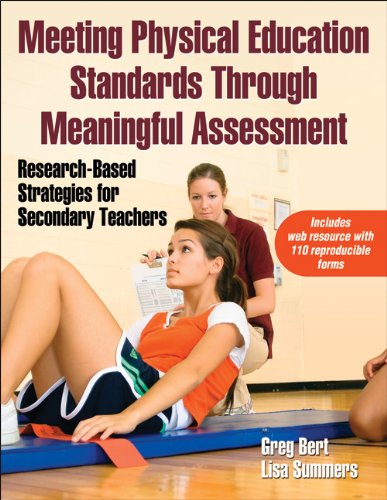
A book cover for Meeting Physical Education Standards Through Meaningful Assessment: Research-Based Strategies for Secondary Teachers; Greg Bert; Health, Fitness & Dieting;